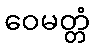
ဝေမတ္တံ